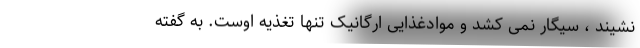
نشیند ، سیگار نمی کشد و موادغذایی ارگانیک تنها تغذیه اوست. به گفته